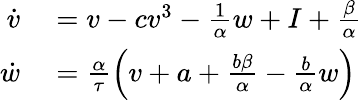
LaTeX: \begin{array}{rl}{\dot{v}}&{{}=v-cv^{3}-\frac{1}{\alpha}w+I+\frac{\beta}{\alpha}}\\ {\dot{w}}&{{}=\frac{\alpha}{\tau}\Big(v+a+\frac{b\beta}{\alpha}-\frac{b}{\alpha}w\Big)}\end{array}